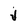
Character: j